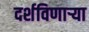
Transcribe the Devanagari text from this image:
दर्शविणार्‍या